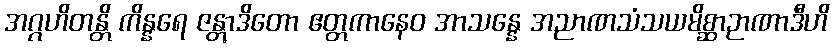
အဂ္ဂဟိတန္တိ ကိန္နရေ ဇန္တွာဒိတော ဧတ္တကာနေဝ အာသန္နေ အညာဏသံသယမိစ္ဆာဉာဏာဒီဟိ